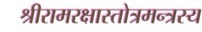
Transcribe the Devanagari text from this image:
श्रीरामरक्षास्तोत्रमन्त्रस्य